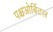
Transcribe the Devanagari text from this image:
पश्चओर्बिटल